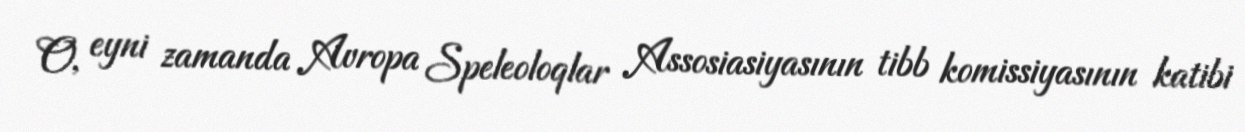
O, eyni zamanda Avropa Speleoloqlar Assosiasiyasının tibb komissiyasının katibi